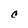
Character: C